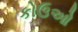
કોઉઓ